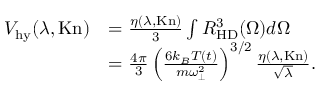
\begin{array} { r l } { { \cal V } _ { \mathrm { h y } } ( \lambda , \mathrm { K n } ) } & { = \frac { \eta ( \lambda , \mathrm { K n } ) } { 3 } \int R _ { \mathrm { H D } } ^ { 3 } ( \Omega ) d \Omega } \\ & { = \frac { 4 \pi } { 3 } \left( \frac { 6 k _ { B } T ( t ) } { m \omega _ { \perp } ^ { 2 } } \right) ^ { 3 / 2 } \frac { \eta ( \lambda , \mathrm { K n } ) } { \sqrt { \lambda } } . } \end{array}